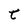
Character: t